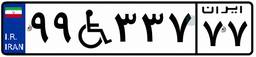
۵۵W۱۷۸۳۹